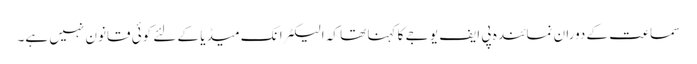
سماعت کے دوران نمائندہ پی ایف یو جے کا کہنا تھا کہ الیکٹرانک میڈیا کے لئے کوئی قانون نہیں ہے۔